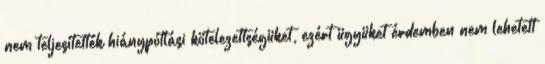
nem teljesítették hiánypótlási kötelezettségüket, ezért ügyüket érdemben nem lehetett